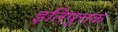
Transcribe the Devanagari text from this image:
इतिषुत्तक